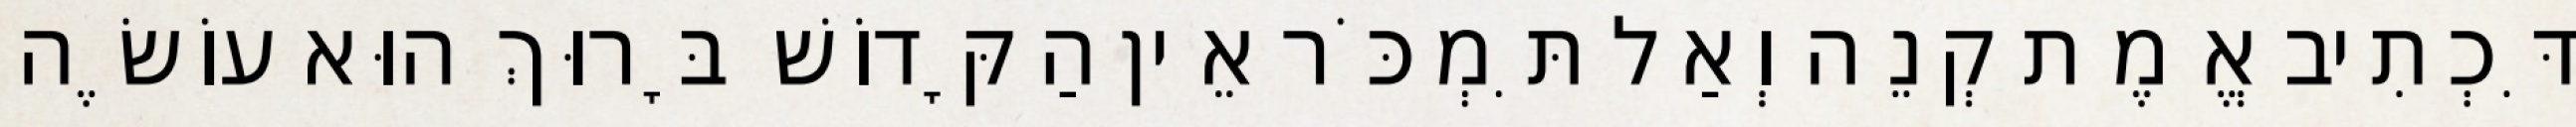
דִּכְתִיב אֱמֶת קְנֵה וְאַל תִּמְכֹּר אֵין הַקָּדוֹשׁ בָּרוּךְ הוּא עוֹשֶׂה